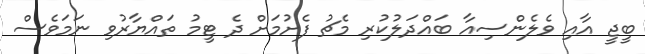
ބީޖީ އާއި ވެލެންސިއާ ބައްދަލުކުރި މެޗު ފެށުމަށް ދެ ޓީމު ތައްޔާރުވި ނަމަވެސް